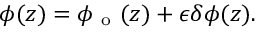
\phi ( z ) = \phi _ { \mathrm { ~ o ~ } } ( z ) + \epsilon \delta \phi ( z ) .